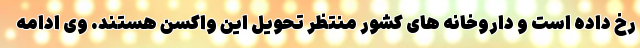
رخ داده است و داروخانه های کشور منتظر تحویل این واکسن هستند. وی ادامه